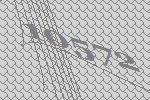
10572